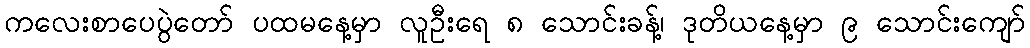
ကလေးစာပေပွဲတော် ပထမနေ့မှာ လူဦးရေ ၈ သောင်းခန့်၊ ဒုတိယနေ့မှာ ၉ သောင်းကျော်